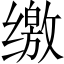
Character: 缴